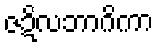
ဇဍိလဘာဂိကာ